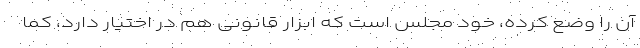
آن را وضع کرده، خود مجلس است که ابزار قانونی هم در اختیار دارد، کما